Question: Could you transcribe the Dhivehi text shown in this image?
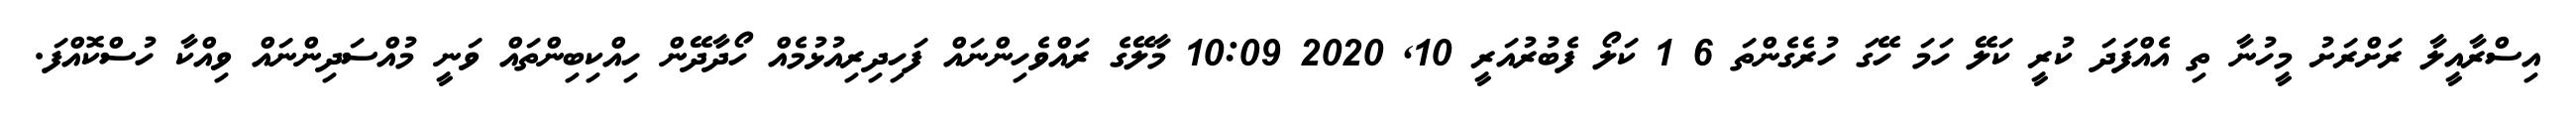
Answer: އިސްރާއީލާ ރަށްރަށު މީހުނާ ތި އެއްފަދަ ކުރީ ކަލޭ ހަމަ ހޭގަ ހުރެގެންތަ 6 1 ކަލޯ ފެބުރުއަރީ 10, 2020 10:09 މާލޭގެ ރައްވެހިންނައް ފަހިދިރިއުޅުމެއް ހޯދާދޭން ހިއްކިބިންތައް ވަނީ މުއްސަދިންނައް ވިއްކާ ހުސްކޮއްފަ.